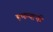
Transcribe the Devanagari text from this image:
हणम्याची